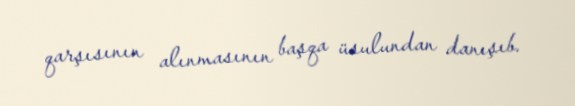
qarşısının alınmasının başqa üsulundan danışıb.